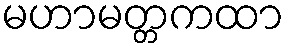
မဟာမတ္တကထာ